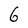
Character: G